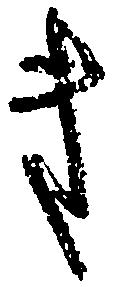
き